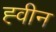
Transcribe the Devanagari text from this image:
ह्वीन